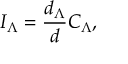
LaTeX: I _ { \Lambda } = { \frac { d _ { \Lambda } } { d } } C _ { \Lambda } ,